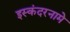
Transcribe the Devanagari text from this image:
इस्कंदरनामे